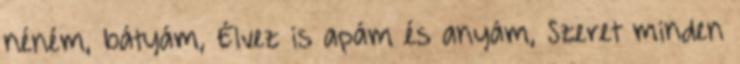
néném, bátyám, Élvez is apám és anyám, Szeret minden